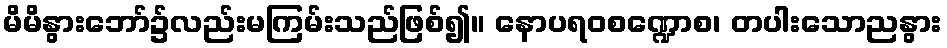
မိမိနွားဘော်၌လည်းမကြမ်းသည်ဖြစ်၍။ နောပရဝစဏ္ဍောစ၊ တပါးသောညနွား